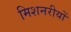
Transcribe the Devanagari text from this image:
मिशनरीयों